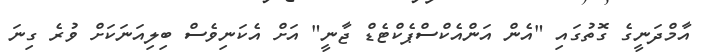
އާމްދަނީގެ ގޮތުގައި "އެން އަންއެކްސްޕެކްޓެޑް ޖާނީ" އަށް އެކަނިވެސް ބިލިއަނަކަށް ވުރެ ގިނަ